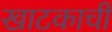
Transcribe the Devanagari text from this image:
खाटकाची